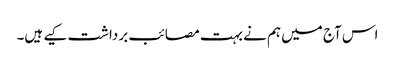
اس آج میں ہم نے بہت مصائب برداشت کیے ہیں۔